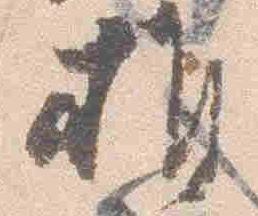
推